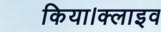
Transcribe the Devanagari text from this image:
किया।क्लाइव